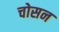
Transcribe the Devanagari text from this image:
चोसन